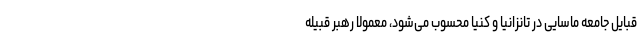
قبایل جامعه ماسایی در تانزانیا و کنیا محسوب می‌شود، معمولاً رهبر قبیله